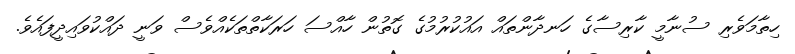
ހިތާމަވެރި ސުނާމީ ކާރިސާގެ ހަނދާންތައް އައުކުރުމުގެ ގޮތުން ހާއްސަ ހަރަކާތްތަކެއްވެސް ވަނީ ދައްކުވައިދީފައެވެ.